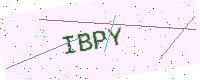
Text: IBPY